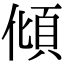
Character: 傾